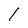
Character: l